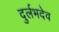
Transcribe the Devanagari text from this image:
दुर्लभदेव